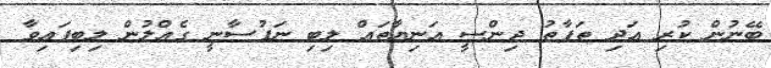
ބޭނުން ކުރި އަދި ތަފާތު ޖިންސީ އަނިޔާތައް ލިބި ނަފުސާނީ ގެއްލުން ލިބިފައިވާ